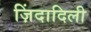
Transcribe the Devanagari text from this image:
ज़िंदादिली